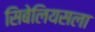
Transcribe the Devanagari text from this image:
सिबेलियसला